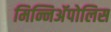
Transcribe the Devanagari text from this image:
मिन्निअॅपोलिस